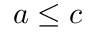
a \leq c